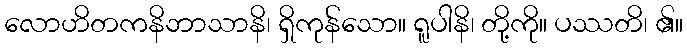
လောဟိတကနိဘာသာနိ၊ ရှိကုန်သော။ ရူပါနိ၊ တို့ကို။ ပဿတိ၊ ၏။